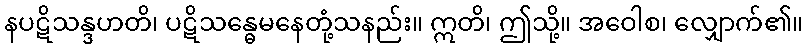
နပဋိသန္ဒဟတိ၊ ပဋိသန္ဓေမနေတုံ့သနည်း။ ဣတိ၊ ဤသို့။ အဝေါစ၊ လျှောက်၏။